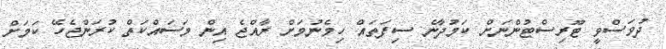
ދުވަސްވީ ޓޫރިސްޓުންނަށް ކަމުދާނެ ސިފަތައް ހިމެނުމަށް ރާއްޖެ އިން މަސައްކަތް ކުރަންޖެހޭ ކަމަށް